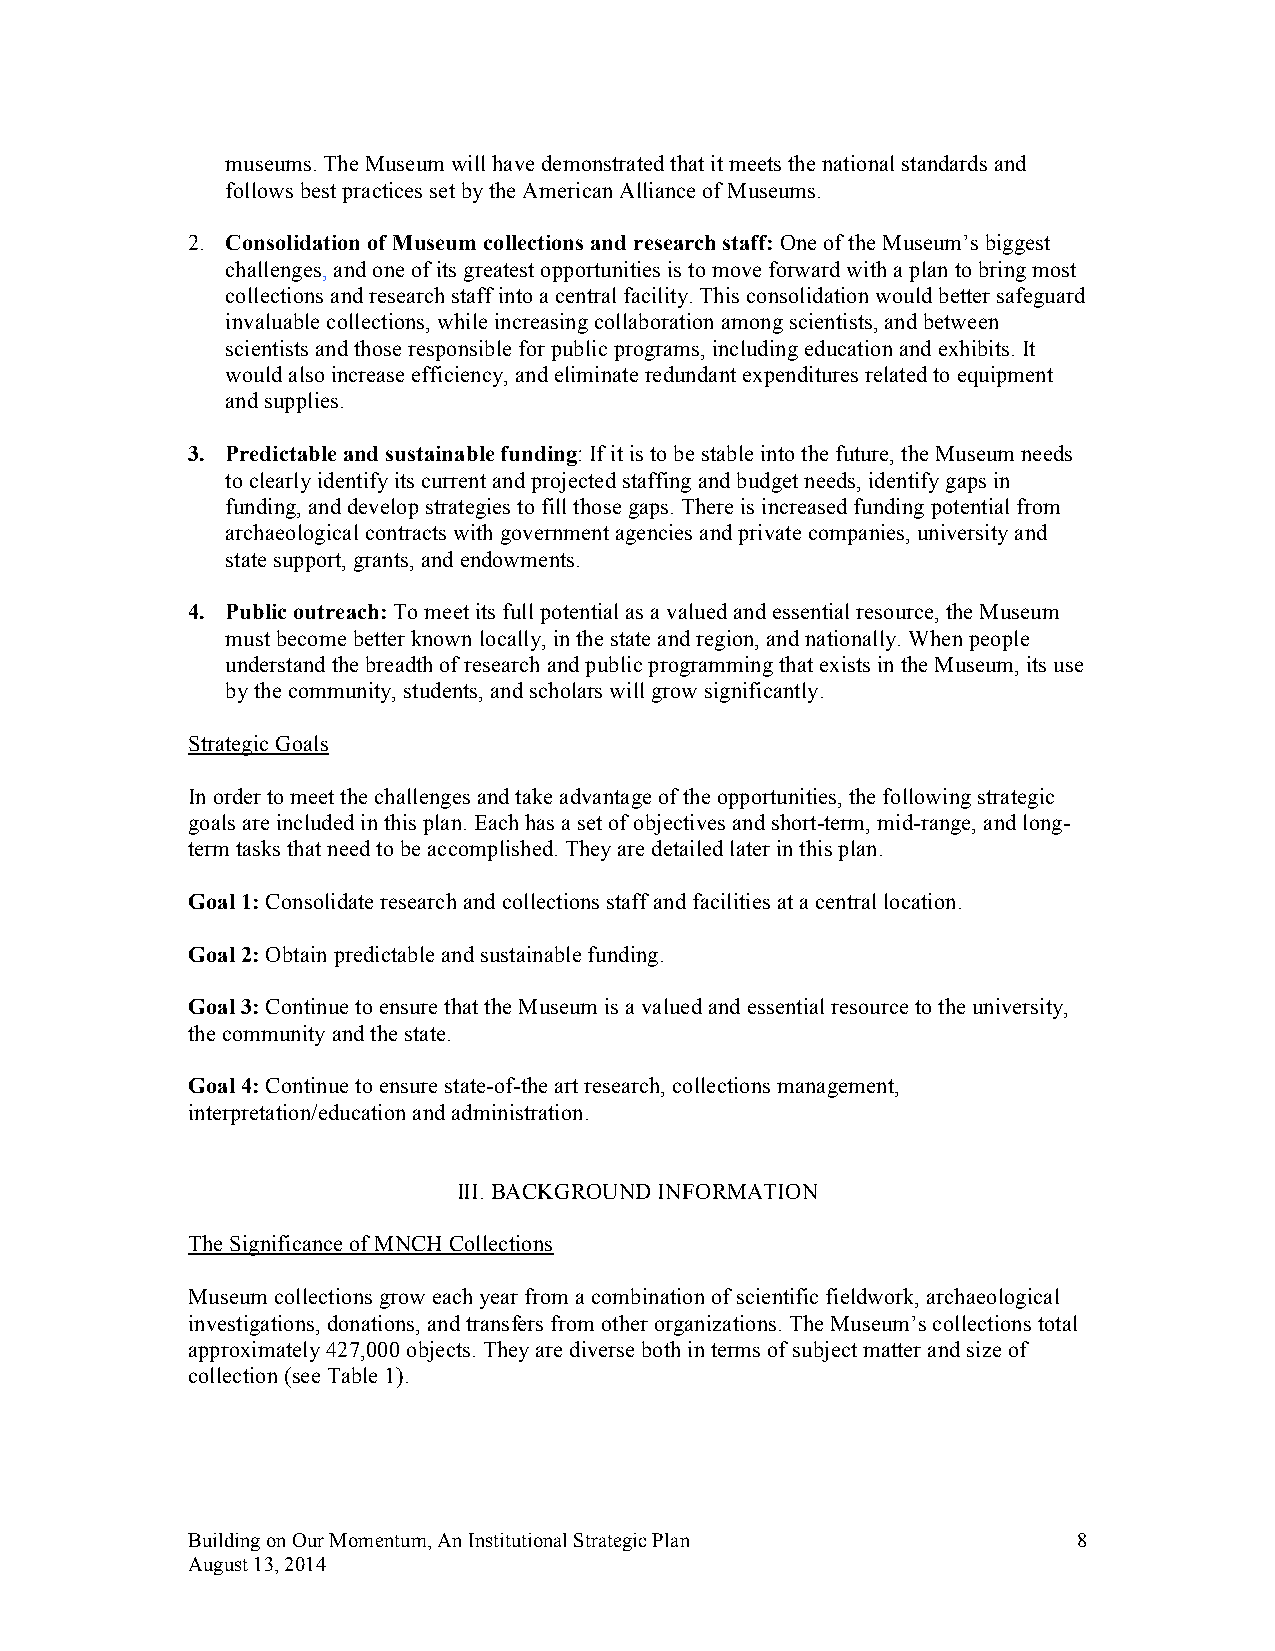
museums. The Museum will have demonstrated that it meets the national standards and
 follows best practices set by the American Alliance of Museums.
 2. Consolidation of Museum collections and research staff: One of the Museum’s biggest
 challenges, and one of its greatest opportunities is to move forward with a plan to bring most
 collections and research staff into a central facility. This consolidation would better safeguard
 invaluable collections, while increasing collaboration among scientists, and between
 scientists and those responsible for public programs, including education and exhibits. It
 would also increase efficiency, and eliminate redundant expenditures related to equipment
 and supplies.
 3. Predictable and sustainable funding: If it is to be stable into the future, the Museum needs
 to clearly identify its current and projected staffing and budget needs, identify gaps in
 funding, and develop strategies to fill those gaps. There is increased funding potential from
 archaeological contracts with government agencies and private companies, university and
 state support, grants, and endowments.
 4. Public outreach: To meet its full potential as a valued and essential resource, the Museum
 must become better known locally, in the state and region, and nationally. When people
 understand the breadth of research and public programming that exists in the Museum, its use
 by the community, students, and scholars will grow significantly.
 Strategic Goals
 In order to meet the challenges and take advantage of the opportunities, the following strategic
 goals are included in this plan. Each has a set of objectives and short-term, mid-range, and long-
 term tasks that need to be accomplished. They are detailed later in this plan.
 Goal 1: Consolidate research and collections staff and facilities at a central location.
 Goal 2: Obtain predictable and sustainable funding.
 Goal 3: Continue to ensure that the Museum is a valued and essential resource to the university,
 the community and the state.
 Goal 4: Continue to ensure state-of-the art research, collections management,
 interpretation/education and administration.
 III. BACKGROUND INFORMATION
 The Significance of MNCH Collections
 Museum collections grow each year from a combination of scientific fieldwork, archaeological
 investigations, donations, and transfers from other organizations. The Museum’s collections total
 approximately 427,000 objects. They are diverse both in terms of subject matter and size of
 collection (see Table 1).
 Building on Our Momentum, An Institutional Strategic Plan  8
 August 13, 2014